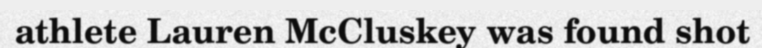
athlete Lauren McCluskey was found shot